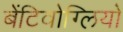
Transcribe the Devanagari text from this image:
बेंटिवोग्लियो